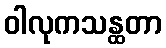
ဝါလုကသန္ထတာ